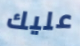
عليك